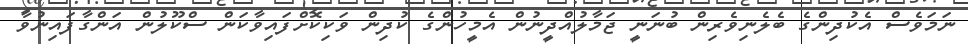
ނަމަވެސް އެކުދިންގެ ބެލެނިވެރިން ބުނަނީ ޖަމާލުއްދީނުން އެމީހުންގެ ކުދިން ވަކިކޮށްފައިވާކަން ސްކޫލުން އަންގާފައިނުވާ